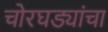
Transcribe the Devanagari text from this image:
चोरघड्यांचा